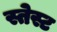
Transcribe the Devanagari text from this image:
स्तेस्ट